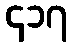
၄၁၇